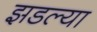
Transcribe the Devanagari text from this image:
झडल्या